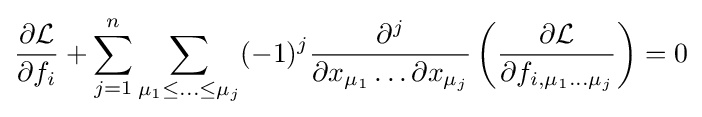
{\frac {\partial {\mathcal {L}}}{\partial f_{i}}}+\sum _{j=1}^{n}\sum _{\mu _{1}\leq \ldots \leq \mu _{j}}(-1)^{j}{\frac {\partial ^{j}}{\partial x_{\mu _{1}}\dots \partial x_{\mu _{j}}}}\left({\frac {\partial {\mathcal {L}}}{\partial f_{i,\mu _{1}\dots \mu _{j}}}}\right)=0